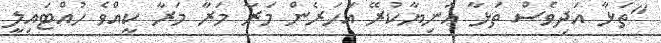
"ތަޅާ އަދިވެސް ތަޅާ އަނިޔާކުރޭ އަހަރެން މަރާ މަރާ މަރާ ކީއްވެ ހުއްޓައިލީ